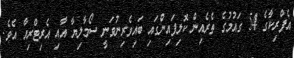
އެފްރިކާގެ 54 ގައުމުގެ ތެރެއިން ކޮލިފައިންގައި ބައިވެރިނުވަނީ ސޯމާލިޔާ އާއި އެރިޓްރިއާ އެވެ.